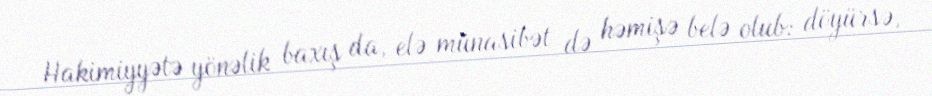
Hakimiyyətə yönəlik baxış da, elə münasibət də həmişə belə olub: döyürsə,